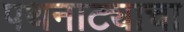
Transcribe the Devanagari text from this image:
पथनाट्याचा